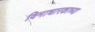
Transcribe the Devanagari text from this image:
विमाधारकाच्या